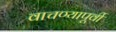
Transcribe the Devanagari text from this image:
वाचण्यापूर्वी